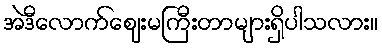
အဲဒီလောက်ဈေးမကြီးတာများရှိပါသလား။